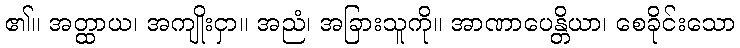
၏။ အတ္ထာယ၊ အကျိုးငှာ။ အညံ၊ အခြားသူကို။ အာဏာပေန္တိယာ၊ စေခိုင်းသော